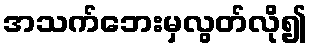
အသက်ဘေးမှလွတ်လို၍